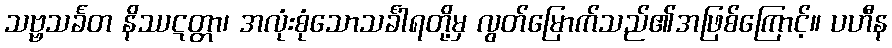
သဗ္ဗသင်္ခတ နိဿဋတ္တာ၊ အလုံးစုံသောသင်္ခါရတို့မှ လွတ်မြောက်သည်၏အဖြစ်ကြောင့်။ ပဟီန